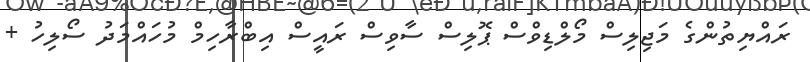
ރައްޔިތުންގެ މަޖިލިސް މޯލްޑިވްސް ޕޮލިސް ސާވިސް ރައީސް އިބްރާހިމް މުހައްމަދު ސޯލިހު +